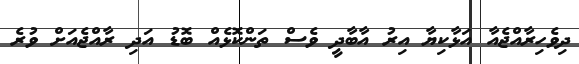
ދިވެހިރާއްޖެއާ އަޅާކިޔާ އިރު އާބާދީ ވެސް ތަންކޮޅެއް ބޮޑު އަދި ރާއްޖެއަށް ވުރެ